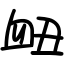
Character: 衄